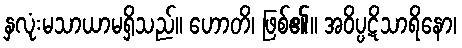
နှလုံးမသာယာမရှိသည်။ ဟောတိ၊ ဖြစ်၏။ အဝိပ္ပဋိသာရိနော၊